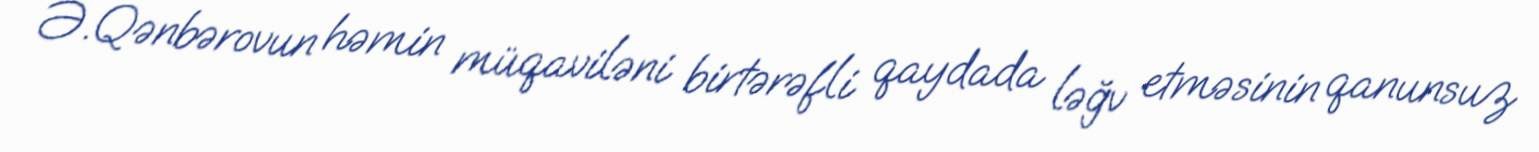
Ə.Qənbərovun həmin müqaviləni birtərəfli qaydada ləğv etməsinin qanunsuz